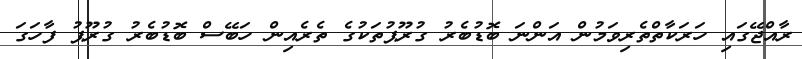
ރާއްޖޭގައި ހަރަކާތްތެރިވަމުން އަންނަ ބޮޑުބެރު ގުރޫޕުތަކުގެ ތެރެއިން ހަބޭސް ބޮޑުބެރު ގުރޫޕު ފާހަގަ